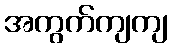
အကွက်ကျကျ